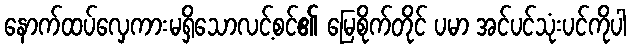
နောက်ထပ်လှေကားမရှိသောလင့်စင်၏ မြေစိုက်တိုင် ပမာ အင်ပင်သုံးပင်ကိုပါ